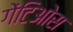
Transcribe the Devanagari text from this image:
गेंटिओस